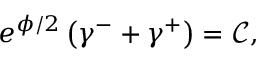
e ^ { \phi / 2 } \left( \gamma ^ { - } + \gamma ^ { + } \right) = \mathcal { C } ,